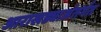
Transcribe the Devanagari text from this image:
आराखड्याअंतर्गत